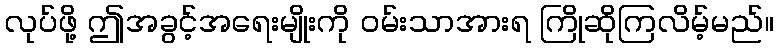
လုပ်ဖို့ ဤအခွင့်အရေးမျိုးကို ဝမ်းသာအားရ ကြိုဆိုကြလိမ့်မည်။